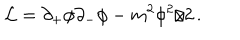
{ \cal L } = \partial _ { + } \phi \partial _ { - } \phi - m ^ { 2 } \phi ^ { 2 } / 2 \, .